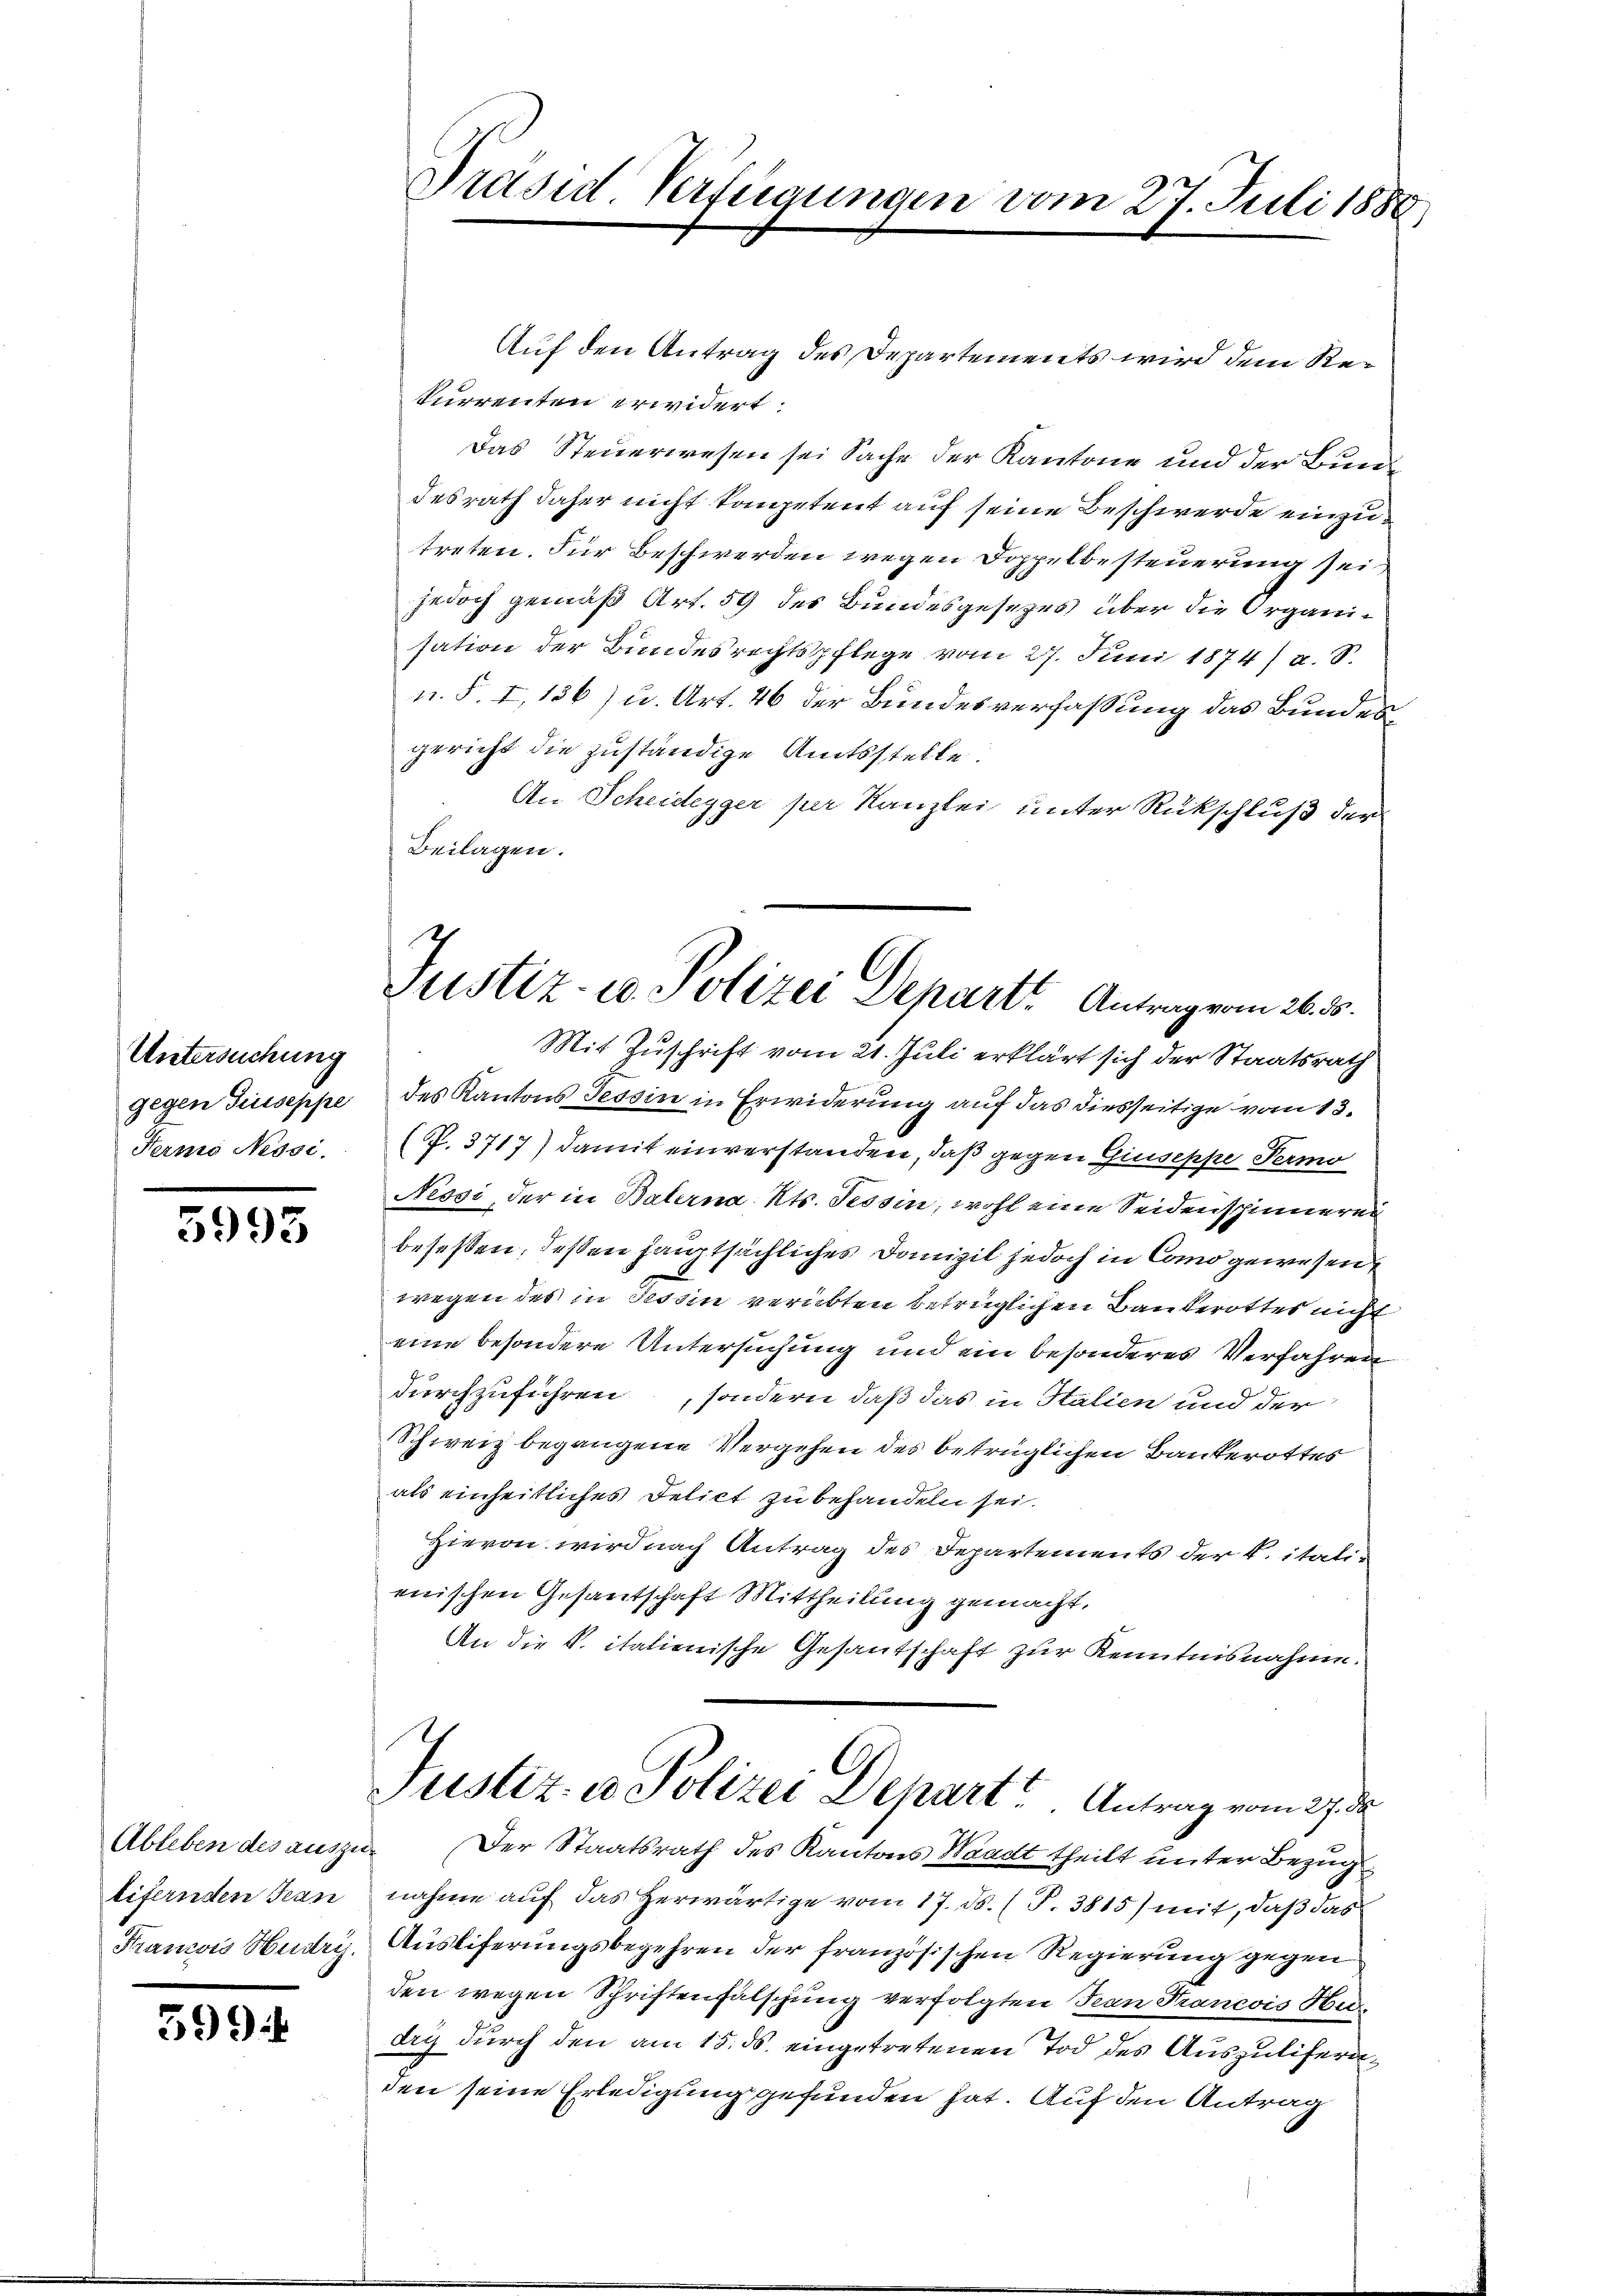
Untersuchung
gegen Giuseppe
Ferma Nessi.

3993

Ableben des auszu¬
Eifernden Jean
Francois Hudry.

599

Präsid Verfügungen vom 27. Juli 1888

A
Justiz- u. Polizei Depart. Antrag vom 26. 30.

Auf den Antrag des Departements wird dem Rekurrenten erwidert:
Das Steuerwesen sei Sache der Kantone und der Bundesrath daher nicht kompetent auf seine Beschwerde einzutreten. Für Beschwerden wegen Doppelbesteuerung sei,
jedoch gemäß Art. 59 des Bundesgesetzes über die Organisation der Bundesrechtspflege vom 27. Juni 1874) u. S.
n. F. I,136) u. Art. 46 der Bundesverfassung das Bundesgericht die zuständige Amtsstelle.
An Scheidegger per Kanzlei unter Rückschluß der
Beilagen.
Mit Zuschrift vom 21. Juli erklärt sich der Staatsrath
des Kantons Tessin in Erwiderung auf das diesseitige vom 13.
(P. 3717) damit einverstanden, daß gegen Giuseppe Permo
Nessi, der in Balerna Kts. Tessin, wohl eine Seidenspinnerei
beseßen, deßen hauptsächliches Domizil jedoch in Como gewesen
wegen des in Tessin verübten betrüglichen Baukerottes nicht
eine besondere Untersuchung und ein besonderes Verfahren
durchzuführen, sondern daß das in Stalien und der
Schweiz begangene Vergehen des betrüglichen Bankerottes
als einheitliches Delict zu behandeln sei.
Hievon wird nach Antrag des Departements der k. italienischen Gesantschaft Mittheilung gemacht,
An die S. italienische Gesantschaft zur Kenntnisnahme.
A
Justiz- u Polizei Depart. Antrag vom 27. de
Der Staatsrath des Kantons Waadt theilt unter Bezug
nahme auf das Herwärtige vom 17. ds. (T. 3815) mit, daß das
Ausliferungsbegehren der französischen Regierung gegen
den wegen Schriftenfälschung verfolgten Jean Francois Hu
dry durch den am 15. ds. eingetretenen Tod des Auszulifernden seine Erledigung gefunden hat. Auf den Antrag